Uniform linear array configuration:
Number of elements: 4
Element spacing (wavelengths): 0.25
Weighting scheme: hamming
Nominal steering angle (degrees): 60
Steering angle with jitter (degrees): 61.593
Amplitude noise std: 0.05
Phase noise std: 0.05

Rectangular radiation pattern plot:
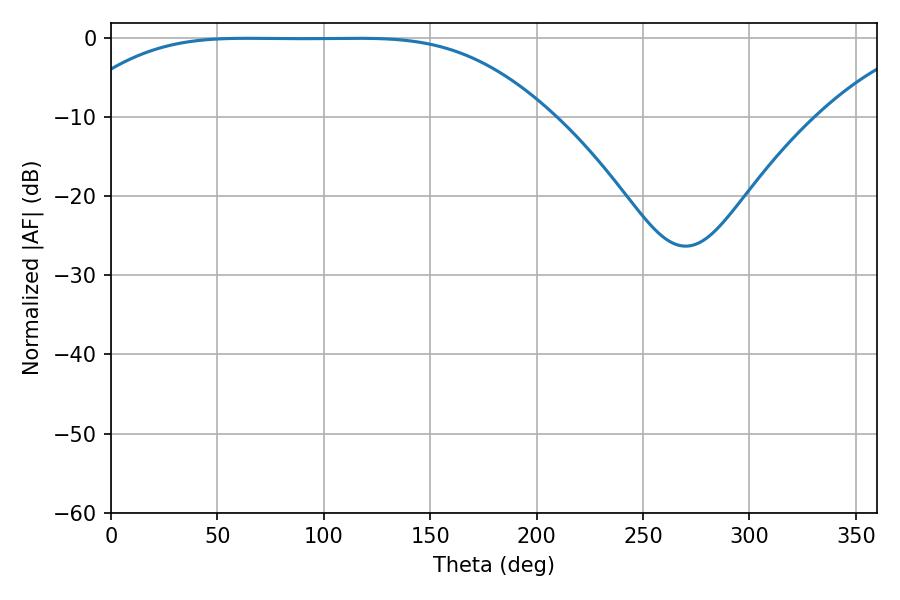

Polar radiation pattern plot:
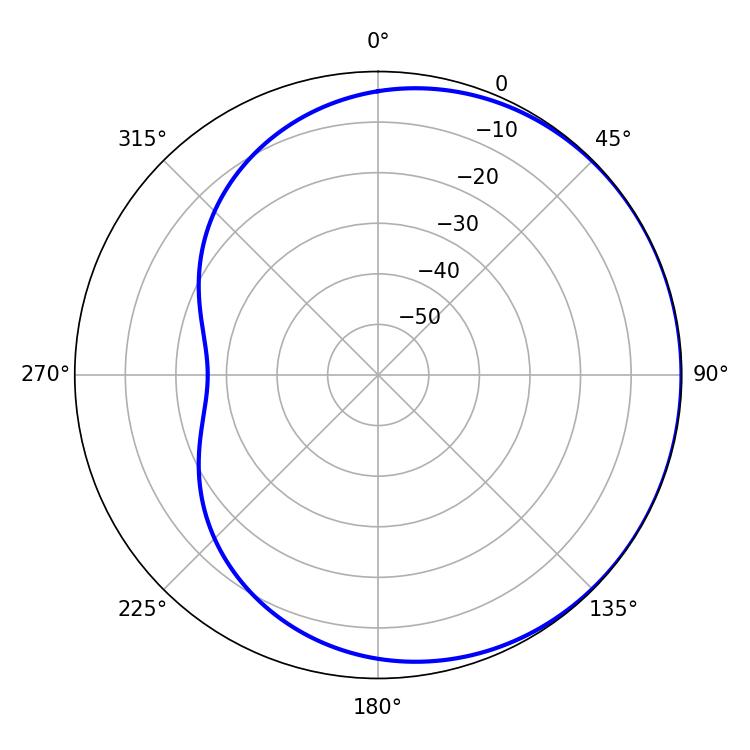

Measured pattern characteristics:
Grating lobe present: FALSE
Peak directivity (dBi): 0.4565
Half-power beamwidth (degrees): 167.76
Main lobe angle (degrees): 64.08